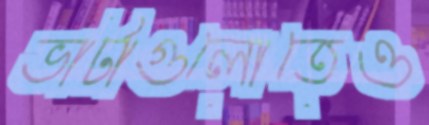
ভাটাগুলোতেও